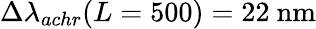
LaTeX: \Delta\lambda_{achr}(L=500)=22~\mathrm{nm}